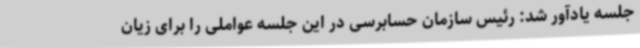
جلسه یادآور شد: رئیس سازمان حسابرسی در این جلسه عواملی را برای زیان